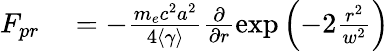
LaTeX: \begin{array}{rl}{F_{pr}}&{{}=-\frac{m_{e}c^{2}a^{2}}{4\left<\gamma\right>}\frac{\partial}{\partial r}\exp\left(-2\frac{r^{2}}{w^{2}}\right)}\end{array}